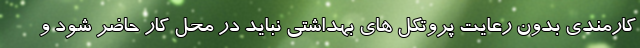
کارمندی بدون رعایت پروتکل های بهداشتی نباید در محل کار حاضر شود و